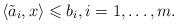
LaTeX: \begin{align*}\left\langle\tilde a_i,x\right\rangle \leqslant b_i,i=1,\ldots,m.\end{align*}